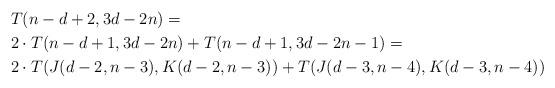
LaTeX: \begin{align*}& T(n-d+2,3d-2n) = \\& 2 \cdot T(n-d+1,3d-2n) + T(n-d+1,3d-2n-1) =\\& 2 \cdot T(J(d-2,n-3),K(d-2,n-3)) + T(J(d-3,n-4),K(d-3,n-4))\end{align*}